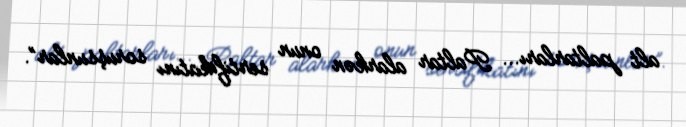
alt paltarları... Paltar alarkən onun sertifikatını soruşsunlar”.